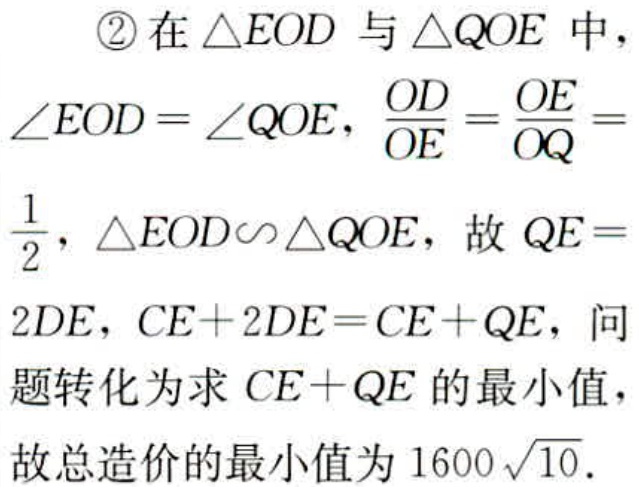
\textcircled{2}在$\triangle EOD$与$\triangle QOE$中，

$\angle EOD = \angle QOE$，$\frac{OD}{OE}=\frac{OE}{OQ} =

\frac{1}{2}$，$\triangle EOD\sim\triangle QOE$，故$QE =

2DE$，$CE + 2DE=CE + QE$，问

题转化为求$CE + QE$的最小值，

故总造价的最小值为$1600\sqrt{10}$．